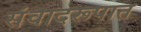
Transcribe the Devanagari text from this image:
संवादरूपात